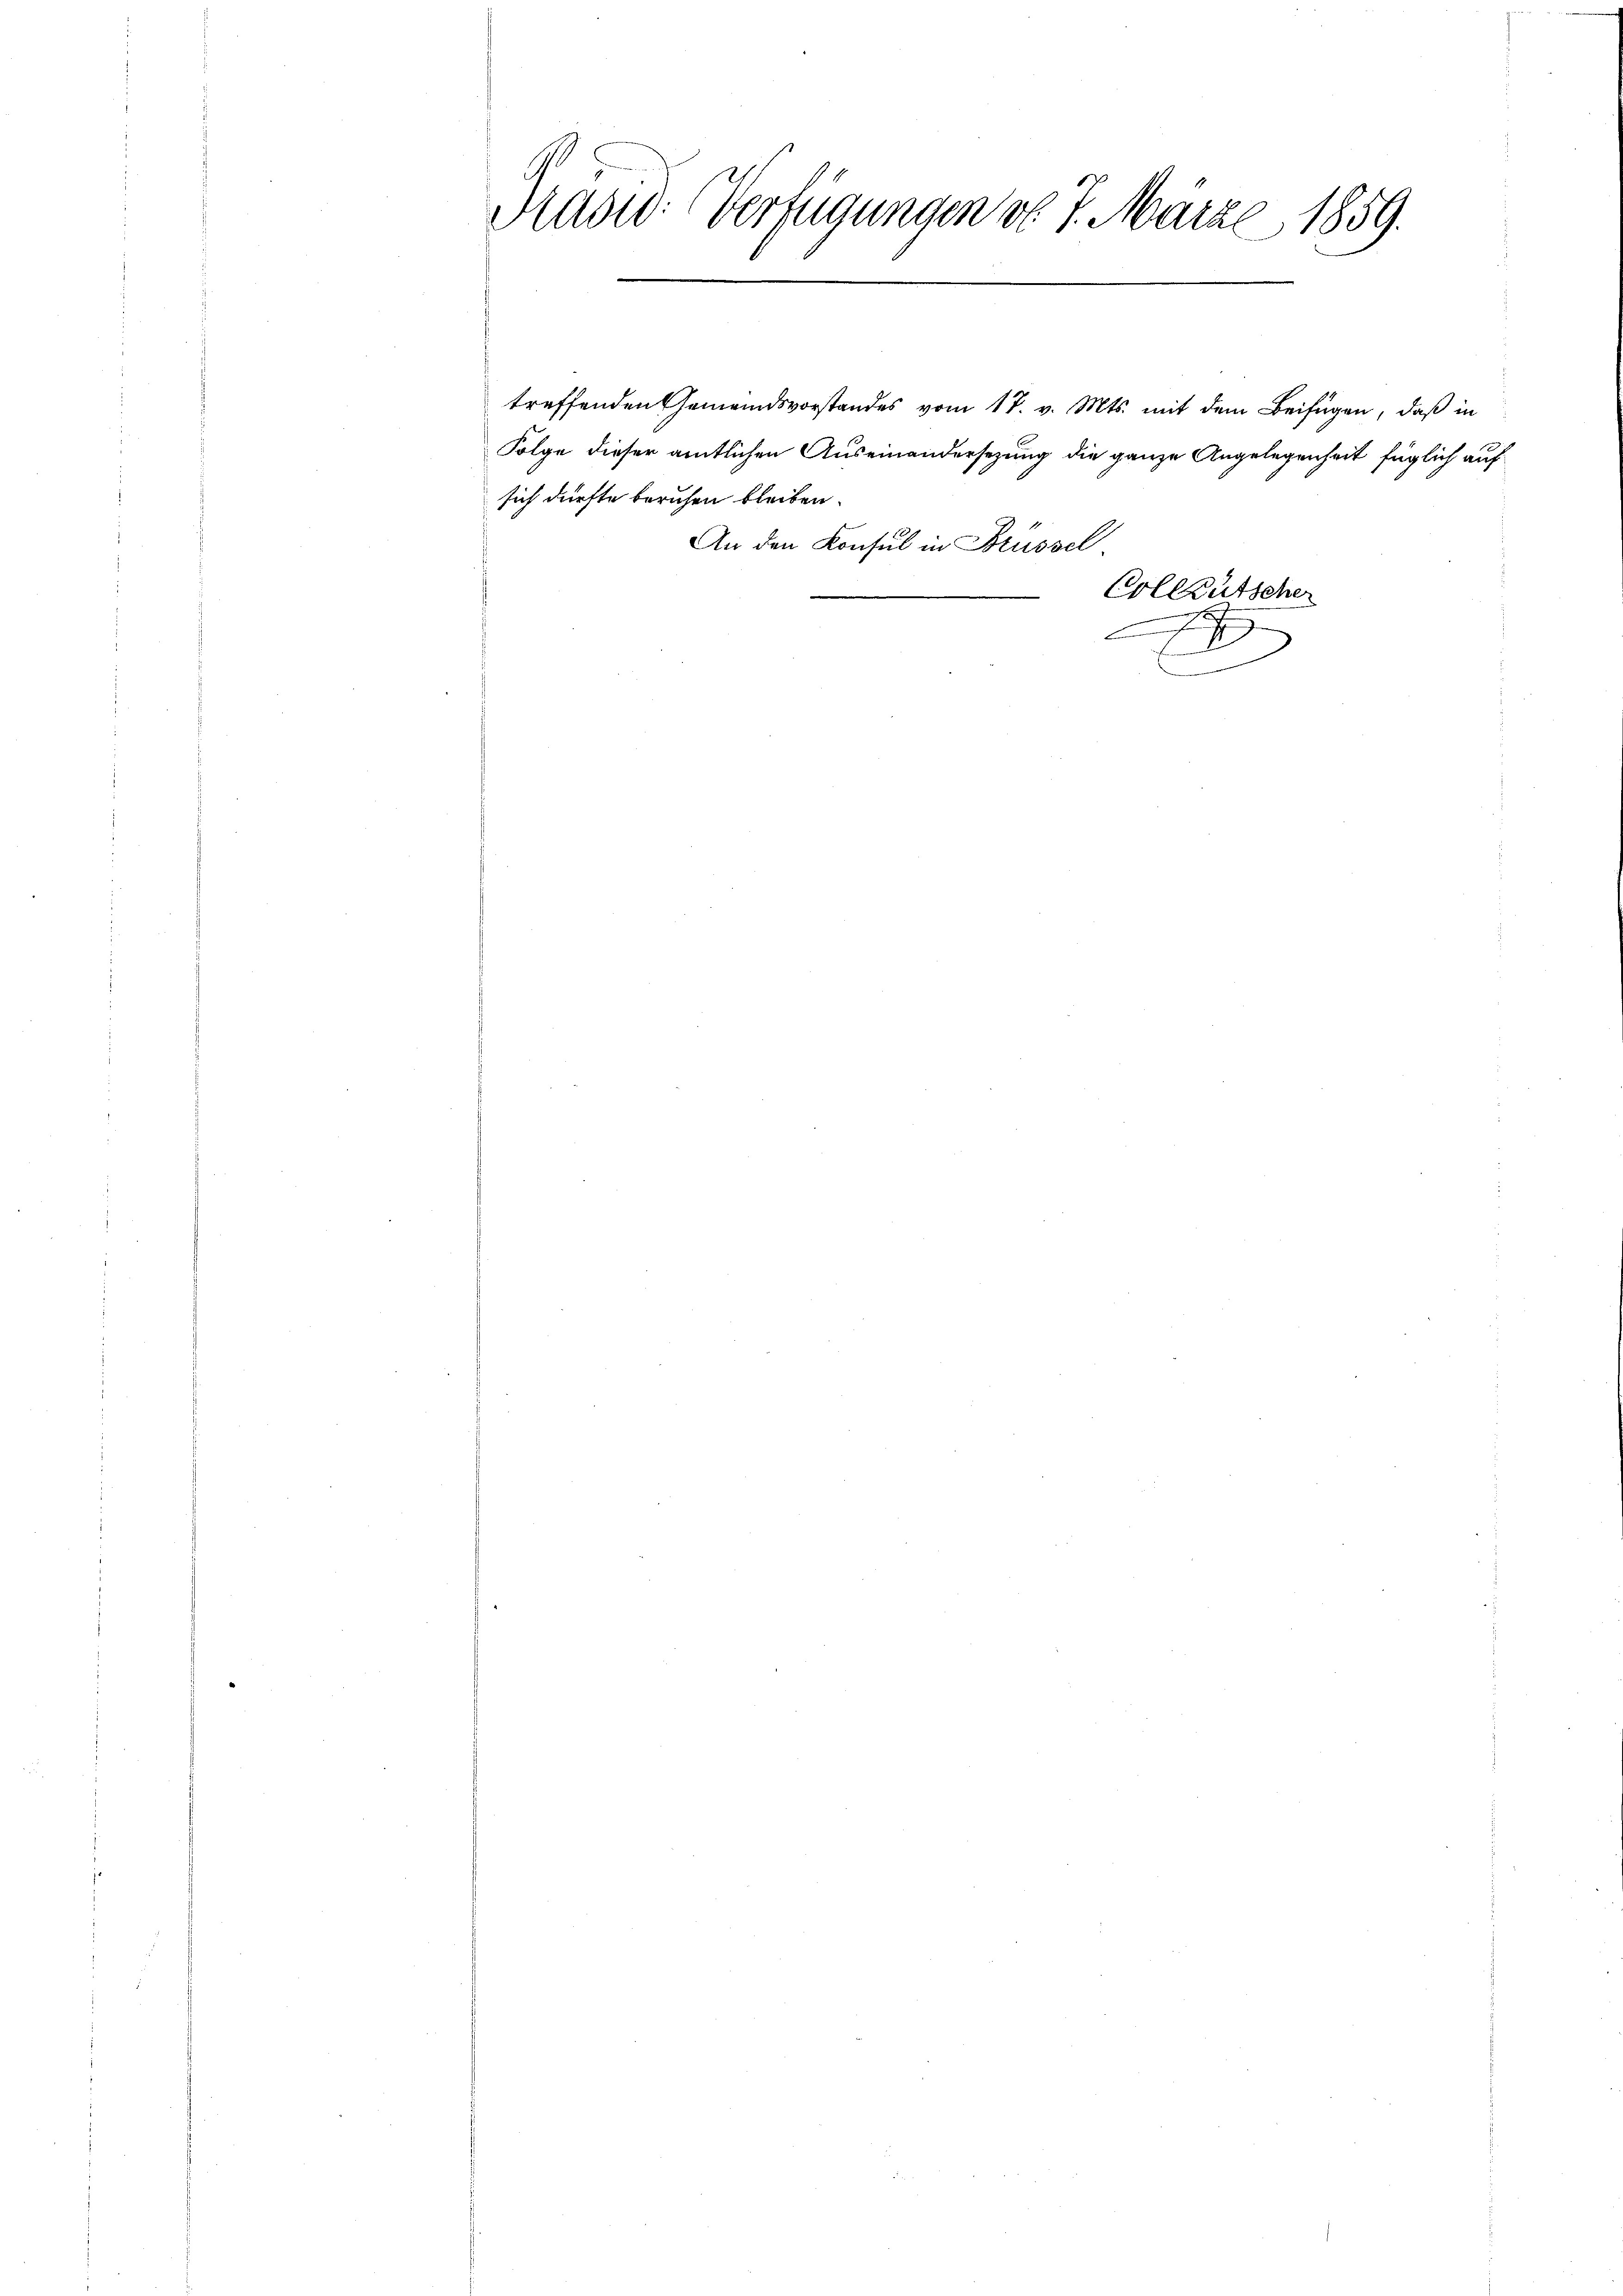
Tradio: Verfügungen v. 7. März 1859.

treffenden Gemeindsvorstandes vom 17. v. Mts. mit dem Beifügen, daß in
Folge dieser amtlichen Auseinandersezung die ganze Angelegenheit füglich auf
sich dürfte beruhen bleiben.
An den Konsul in Brüssel
e
n
.
Colleutscher

x